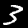
Label: 3